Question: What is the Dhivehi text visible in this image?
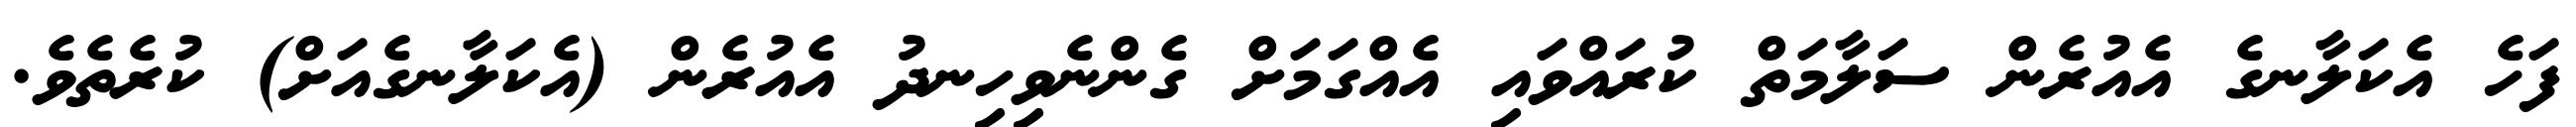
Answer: ފަހެ އެކަލާނގެ އެއުރެން ސަލާމަތް ކުރައްވައި އެއްގަމަށް ގެންނެވިހިނދު އެއުރެން (އެކަލާނގެއަށް) ކުރެތެވެ.